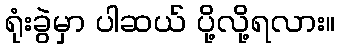
ရုံးခွဲမှာ ပါဆယ် ပို့လို့ရလား။